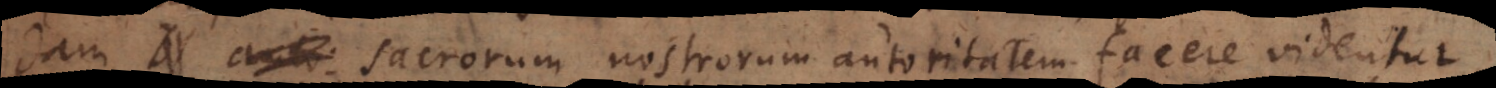
auto sacrorum nostrorum autoritatem facere videntur,